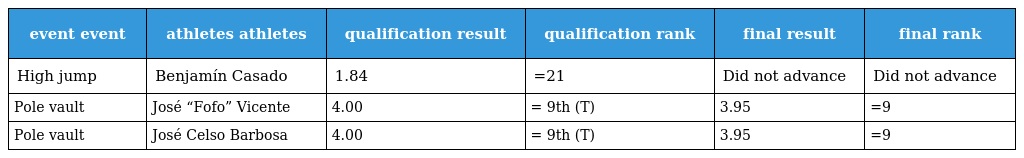
| event event | athletes athletes | qualification result | qualification rank | final result | final rank |
 | --- | --- | --- | --- | --- | --- |
 | High jump | Benjamín Casado | 1.84 | =21 | Did not advance | Did not advance |
 | Pole vault | José “Fofo” Vicente | 4.00 | = 9th (T) | 3.95 | =9 |
 | Pole vault | José Celso Barbosa | 4.00 | = 9th (T) | 3.95 | =9 |